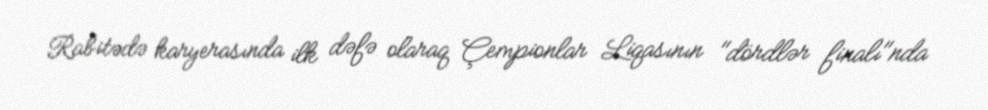
Rabitədə karyerasında ilk dəfə olaraq Çempionlar Liqasının "dördlər finalı"nda